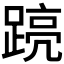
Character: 𮛽